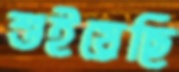
শুইয়েছি